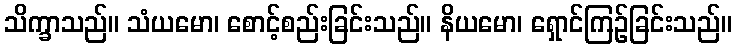
သိက္ခာသည်။ သံယမော၊ စောင့်စည်းခြင်းသည်။ နိယမော၊ ရှောင်ကြဉ်ခြင်းသည်။